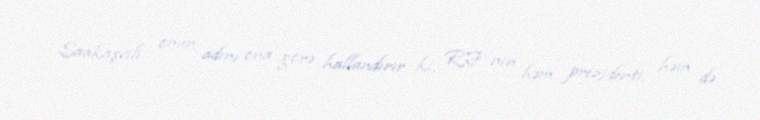
Saakaşvili onun adını ona görə hallandırır ki, RF-nin həm prezidenti, həm də